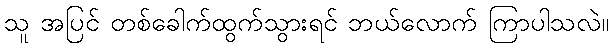
သူ အပြင် တစ်ခေါက်ထွက်သွားရင် ဘယ်လောက် ကြာပါသလဲ။